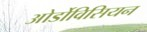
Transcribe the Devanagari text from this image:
ओर्डोविसियन